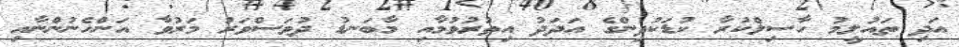
އަދި ތައުލީމު ހާސިލްކުރާ ކުޑަކުދިންގެ އަދަދު އިތުރުވުމާއި މާބަނޑު ދުވަސްވަރު މަރުވާ އަންހެނުންނާއި